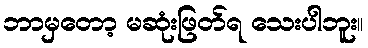
ဘာမှတော့ မဆုံးဖြတ်ရ သေးပါဘူး။